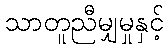
သာတူညီမျှမှုနှင့်